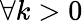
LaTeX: \forall k>0